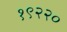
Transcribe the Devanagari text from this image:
१९२२०